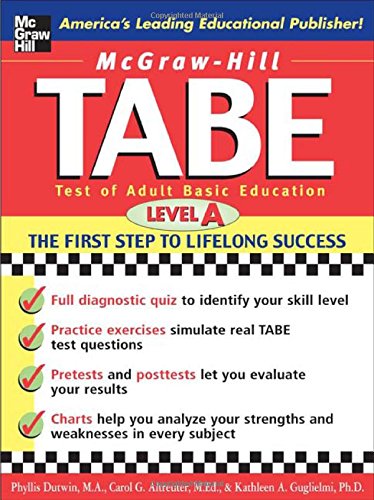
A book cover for TABE Test of Adult Basic Education : The First Step to Lifelong Success; Phyllis Dutwin; Test Preparation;